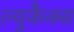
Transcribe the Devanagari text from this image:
ल्युकैक्स